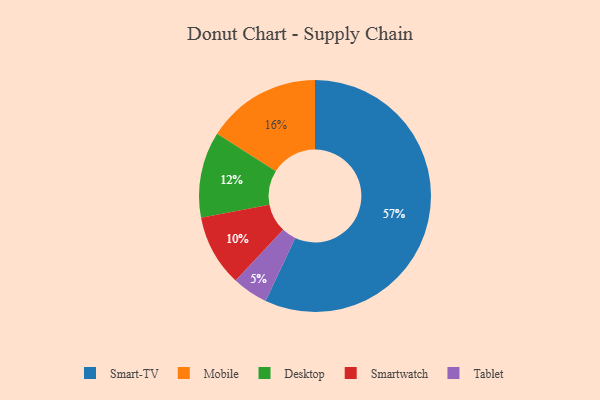
{"axis": {"x": "Category", "y": "Percentage"}, "legend": ["Desktop", "Mobile", "Smart-TV", "Smartwatch", "Tablet"], "data": [{"x": "Smart-TV", "y": 57, "type": "Smart-TV"}, {"x": "Tablet", "y": 5, "type": "Tablet"}, {"x": "Smartwatch", "y": 10, "type": "Smartwatch"}, {"x": "Desktop", "y": 12, "type": "Desktop"}, {"x": "Mobile", "y": 16, "type": "Mobile"}]}